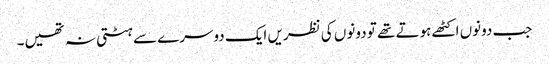
جب دونوں اکٹھے ہوتے تھے تو دونوں کی نظریں ایک دوسرے سے ہٹتی نہ تھیں۔